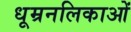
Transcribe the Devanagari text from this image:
धूम्रनलिकाओं